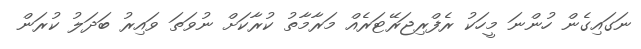
ނަގައިގެން ހުންނަ މީހަކު ރެފްރިޖަރޭޓަރެއް މަރާމާތު ކުރާކަށް ނުވަތަ ވައިރު ބަދަލު ކުރަން